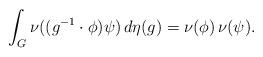
LaTeX: \begin{align*}\int_G \nu((g^{-1} \cdot \phi) \psi) \, d\eta(g) = \nu(\phi) \, \nu(\psi).\end{align*}